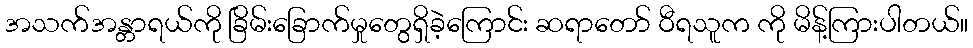
အသက်အန္တာရယ်ကို ခြိမ်းခြောက်မှုတွေရှိခဲ့ကြောင်း ဆရာတော် ဝီရသူက ကို မိန့်ကြားပါတယ်။